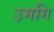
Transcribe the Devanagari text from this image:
उमगि